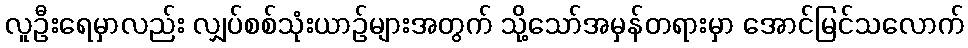
လူဦးရေမှာလည်း လျှပ်စစ်သုံးယာဉ်များအတွက် သို့သော်အမှန်တရားမှာ အောင်မြင်သလောက်